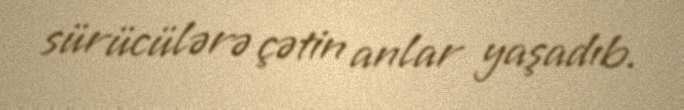
sürücülərə çətin anlar yaşadıb.